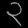
Digit: ၃